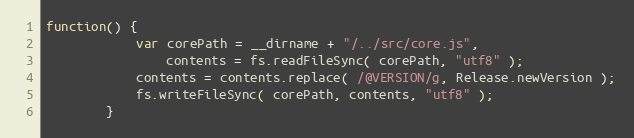
Language: JavaScript
function() {
			var corePath = __dirname + "/../src/core.js",
				contents = fs.readFileSync( corePath, "utf8" );
			contents = contents.replace( /@VERSION/g, Release.newVersion );
			fs.writeFileSync( corePath, contents, "utf8" );
		}